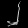
Digit: ၂